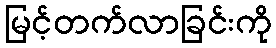
မြင့်တက်လာခြင်းကို